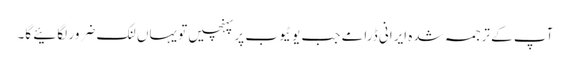
آپ کے ترجمہ شدہ ایرانی ڈرامے جب یوٹیوب پر پہنچیں تو یہاں لنک ضرور لگائیے گا۔